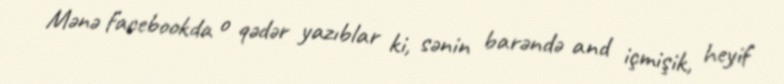
Mənə facebookda o qədər yazıblar ki, sənin barəndə and içmişik, heyif